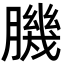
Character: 𦠄